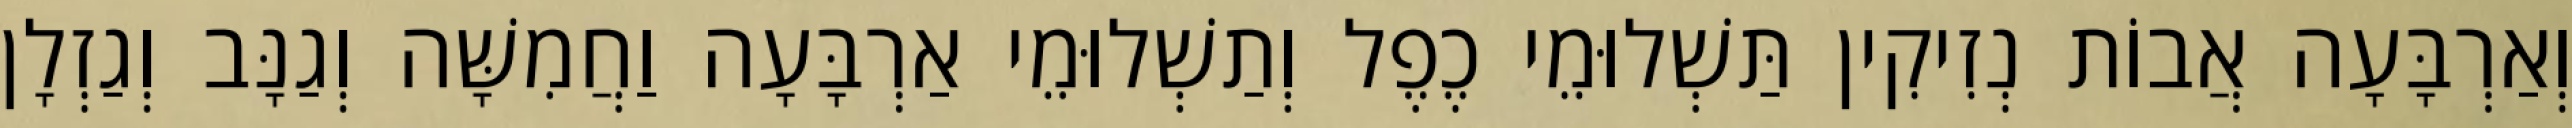
וְאַרְבָּעָה אֲבוֹת נְזִיקִין תַּשְׁלוּמֵי כֶפֶל וְתַשְׁלוּמֵי אַרְבָּעָה וַחֲמִשָּׁה וְגַנָּב וְגַזְלָן